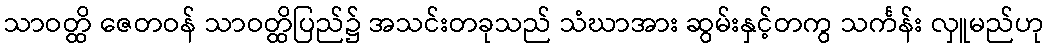
သာဝတ္ထိ ဇေတဝန် သာဝတ္ထိပြည်၌ အသင်းတခုသည် သံဃာအား ဆွမ်းနှင့်တကွ သင်္ကန်း လှူမည်ဟု